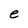
Character: e